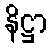
နိဋ္ဌာ